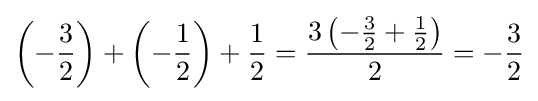
\left(-{\frac {3}{2}}\right)+\left(-{\frac {1}{2}}\right)+{\frac {1}{2}}={\frac {3\left(-{\frac {3}{2}}+{\frac {1}{2}}\right)}{2}}=-{\frac {3}{2}}